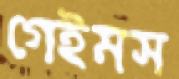
গেইমস